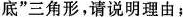
底”三角形，请说明理由；